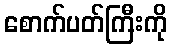
စောက်ပတ်ကြီးကို